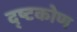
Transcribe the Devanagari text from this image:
द्ष्टकोण